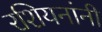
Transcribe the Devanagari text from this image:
रशियनांनी